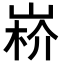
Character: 𡸻